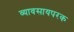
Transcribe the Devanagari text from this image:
व्यावसायपरक